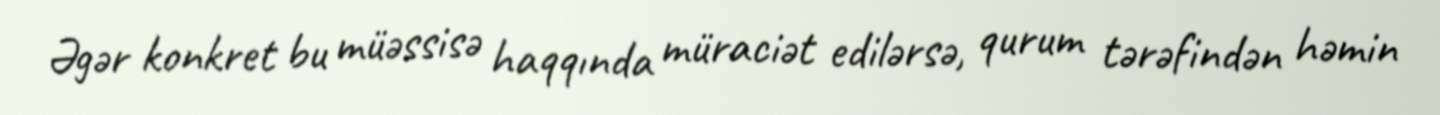
Əgər konkret bu müəssisə haqqında müraciət edilərsə, qurum tərəfindən həmin